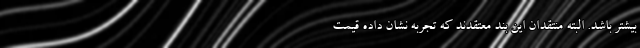
بیشتر باشد. البته منتقدان این بند معتقدند که تجربه نشان داده قیمت